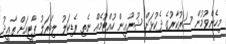
މިހެންވުމުން ސަރުކާރުގެ ދެކުޅަށް ޝުޔޫޢީން ހުއްޓުމެއް ނެތި ރެޑިކަލު ލިބަރަލު ޕާޓީއަށް ތާޢީދު